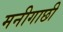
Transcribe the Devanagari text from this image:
मनीगाछी